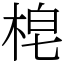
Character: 梍